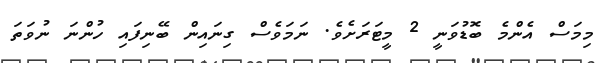
މިމަސް އެންމެ ބޮޑުވަނީ 2 މީޓަރަށެވެ. ނަމަވެސް ގިނައިން ބޭނިފައި ހުންނަ ނުވަތަ